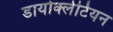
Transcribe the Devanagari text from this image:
डायोक्लेटियन